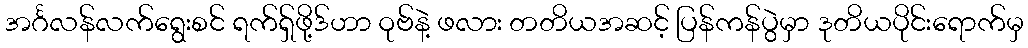
အင်္ဂလန်လက်ရွေးစင် ရက်ရှ်ဖို့ဒ်ဟာ ဝုဗ်နဲ့ ဖလား တတိယအဆင့် ပြန်ကန်ပွဲမှာ ဒုတိယပိုင်းရောက်မှ